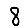
Digit: 8